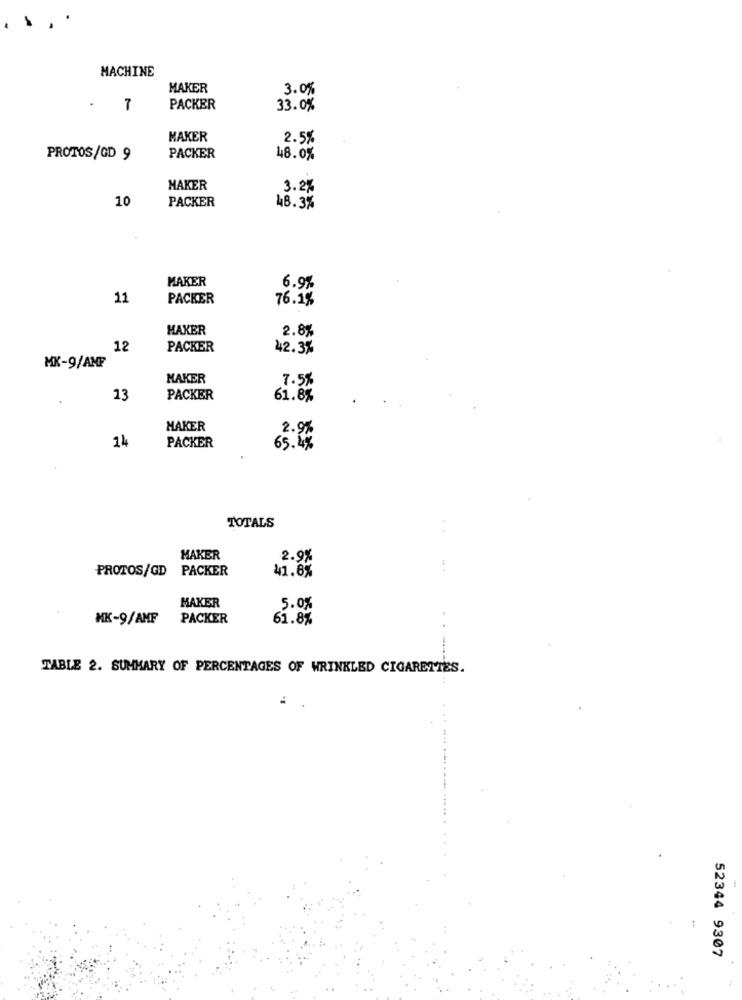
MACHINE
MAKER
3.0%
.
7
PACKER
33.0%
MAKER
2.5%
PROTOS/GD 9
PACKER
48.0%
MAKER
3.2%
10
PACKER
48.3%
MAKER
6.9%
11
PACKER
76.1%
HAKER
2.8%
12
PACKER
42.3%
MK-9/AMF
MAKER
7.5%
13
PACKER
61.8%
MAKER
2.9%
14
PACKER
65.4%
TOTALS
MAKER
2.9%
PROTOS/GD PACKER
41.8%
MAKER
5.0%
MK-9/AMF
PACKER
61.8%
TABLE 2. SUMMARY OF PERCENTAGES OF WRINKLED CIGARETTES.
52344 9307